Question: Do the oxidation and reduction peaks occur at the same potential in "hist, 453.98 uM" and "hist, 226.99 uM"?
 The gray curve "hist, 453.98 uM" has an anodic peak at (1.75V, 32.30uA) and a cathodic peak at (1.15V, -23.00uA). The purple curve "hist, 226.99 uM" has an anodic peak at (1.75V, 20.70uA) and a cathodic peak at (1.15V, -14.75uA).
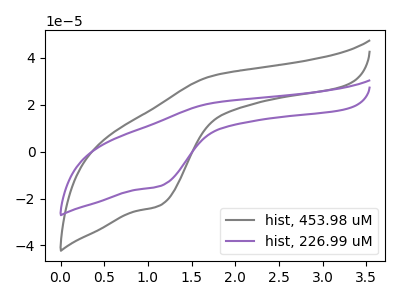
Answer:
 <answer>Yes, "hist, 453.98 uM" have a peak in "hist, 226.99 uM" at the same potential.</answer>
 <eval>match</eval>